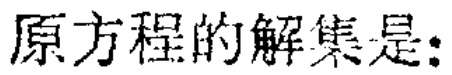
原方程的解集是：